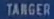
TARGER